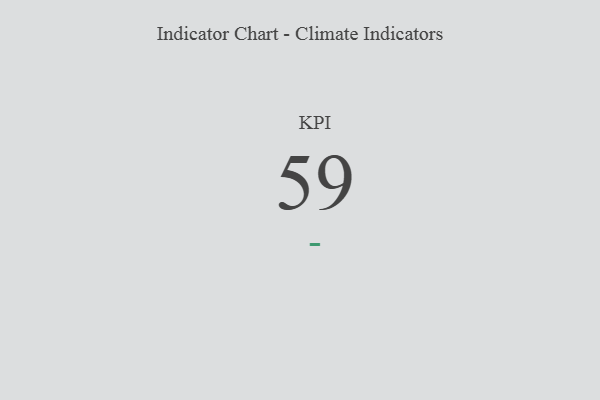
{"axis": {"x": "KPI", "y": "Value"}, "legend": [""], "data": [{"x": "KPI", "y": 59, "type": ""}]}